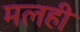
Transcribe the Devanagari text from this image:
मलही